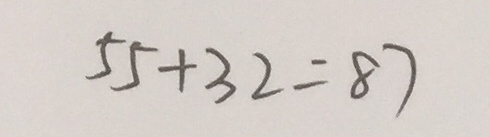
5 5 + 3 2 = 8 7